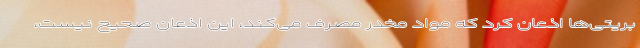
بریتی‌ها اذعان کرد که مواد مخدر مصرف می‌کند، این اذعان صحیح نیست،